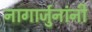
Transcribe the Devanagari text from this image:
नागार्जुनांनी